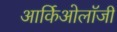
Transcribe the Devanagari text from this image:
आर्किओलॉजी